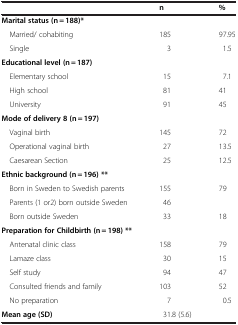
<table><thead><tr><td><b> </b></td><td><b>n</b></td><td><b>%</b></td></tr></thead><tbody><tr><td><b>Marital status (n = 188)*</b></td><td> </td><td> </td></tr><tr><td> Married/ cohabiting</td><td>185</td><td>97.95</td></tr><tr><td> Single</td><td>3</td><td>1.5</td></tr><tr><td><b>Educational level (n = 187)</b></td><td> </td><td> </td></tr><tr><td> Elementary school</td><td>15</td><td>7.1</td></tr><tr><td> High school</td><td>81</td><td>41</td></tr><tr><td> University</td><td>91</td><td>45</td></tr><tr><td><b>Mode of delivery 8 (n = 197)</b></td><td> </td><td> </td></tr><tr><td> Vaginal birth</td><td>145</td><td>72</td></tr><tr><td> Operational vaginal birth</td><td>27</td><td>13.5</td></tr><tr><td> Caesarean Section</td><td>25</td><td>12.5</td></tr><tr><td><b>Ethnic background (n = 196) **</b></td><td> </td><td> </td></tr><tr><td> Born in Sweden to Swedish parents</td><td>155</td><td>79</td></tr><tr><td> Parents (1 or2) born outside Sweden</td><td>46</td><td> </td></tr><tr><td> Born outside Sweden</td><td>33</td><td>18</td></tr><tr><td><b>Preparation for Childbirth (n = 198) **</b></td><td> </td><td> </td></tr><tr><td> Antenatal clinic class</td><td>158</td><td>79</td></tr><tr><td> Lamaze class</td><td>30</td><td>15</td></tr><tr><td> Self study</td><td>94</td><td>47</td></tr><tr><td> Consulted friends and family</td><td>103</td><td>52</td></tr><tr><td> No preparation</td><td>7</td><td>0.5</td></tr><tr><td><b>Mean age (SD)</b></td><td>31.8 (5.6)</td><td> </td></tr></tbody></table>